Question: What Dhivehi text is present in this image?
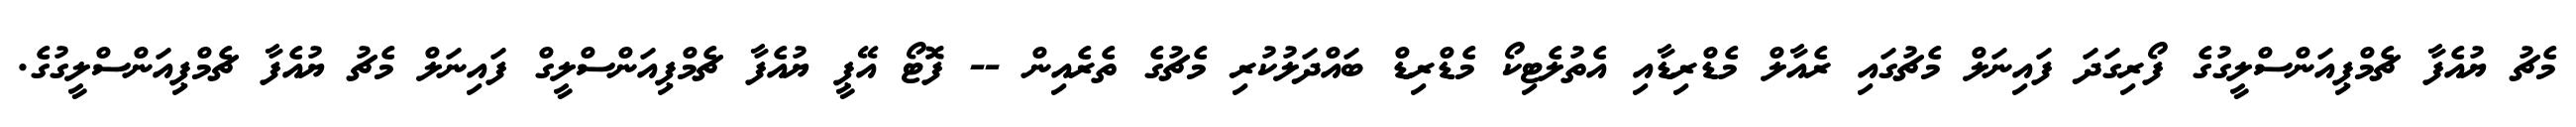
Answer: މެޗު ޔުއެފާ ޗެމްޕިއަންސްލީގުގެ ފޯރިގަދަ ފައިނަލް މެޗުގައި ރެއާލް މެޑްރިޑާއި އެތުލެޓިކޯ މެޑްރިޑް ބައްދަލުކުރި މެޗުގެ ތެރެއިން -- ފޮޓޯ އޭޕީ ޔުއެފާ ޗެމްޕިއަންސްލީގް ފައިނަލް މެޗު ޔުއެފާ ޗެމްޕިއަންސްލީގުގެ.